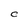
Character: C